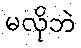
မလိုဘဲ